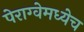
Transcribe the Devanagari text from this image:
पेराग्वेमध्येच